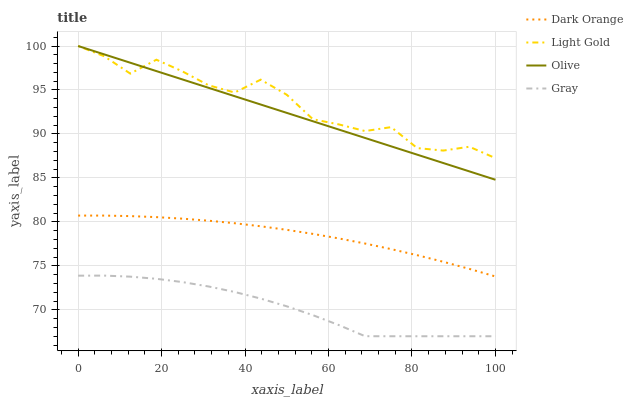
| xaxis_label | Dark Orange | Light Gold | Olive | Gray |
 | --- | --- | --- | --- | --- |
 | 0 | 80.7 | 100 | 100 | 73.9 |
 | 6.25 | 80.7 | 98.8 | 99 | 73.9 |
 | 12.5 | 80.7 | 96.9 | 98.1 | 73.8 |
 | 18.8 | 80.5 | 98.4 | 97.1 | 73.5 |
 | 25 | 80.4 | 97.1 | 96.2 | 73.2 |
 | 31.2 | 80.1 | 95.5 | 95.2 | 72.7 |
 | 37.5 | 79.9 | 94.7 | 94.3 | 72 |
 | 43.8 | 79.5 | 96.2 | 93.3 | 71.3 |
 | 50 | 79.1 | 94.5 | 92.4 | 70.4 |
 | 56.2 | 78.6 | 91.7 | 91.4 | 69.4 |
 | 62.5 | 78.1 | 91.1 | 90.5 | 68.3 |
 | 68.8 | 77.5 | 90.3 | 89.5 | 67 |
 | 75 | 76.9 | 90.8 | 88.6 | 67 |
 | 81.2 | 76.2 | 88.4 | 87.6 | 67 |
 | 87.5 | 75.5 | 88.1 | 86.7 | 67 |
 | 93.8 | 74.7 | 88.5 | 85.7 | 67 |
 | 100 | 73.8 | 87.3 | 84.8 | 67 |